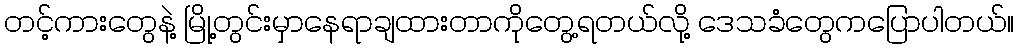
တင့်ကားတွေနဲ့ မြို့တွင်းမှာနေရာချထားတာကိုတွေ့ရတယ်လို့ ဒေသခံတွေကပြောပါတယ်။